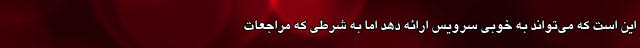
این است که می‌تواند به خوبی سرویس ارائه دهد اما به شرطی که مراجعات